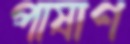
পাষাণ